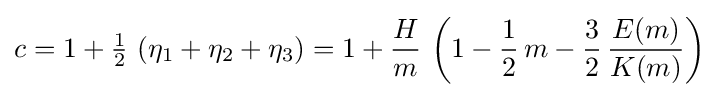
c=1+{\tfrac {1}{2}}\,\left(\eta _{1}+\eta _{2}+\eta _{3}\right)=1+{\frac {H}{m}}\,\left(1-{\frac {1}{2}}\,m-{\frac {3}{2}}\,{\frac {E(m)}{K(m)}}\right)